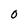
Character: O